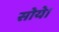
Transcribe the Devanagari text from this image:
सोये।